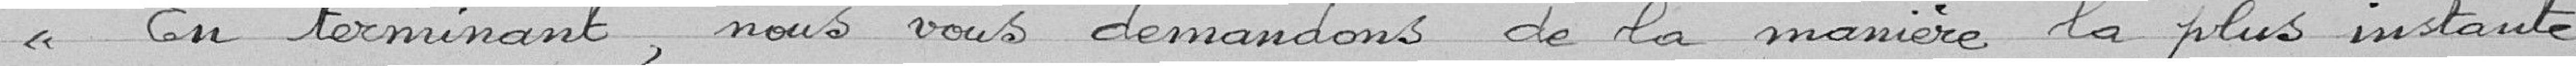
En terminant, nous nous demandons de la manière la plus instante